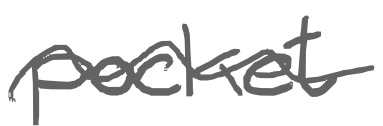
Text: pocket
Cross-out: wave
Writing tool: digital_gray